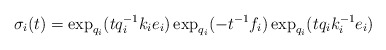
\begin{align*}\sigma_i(t)=\exp_{q_i}(tq_i^{-1}k_ie_i)\exp_{q_i}(-t^{-1}f_i)\exp_{q_i}(tq_ik_i^{-1}e_i)\end{align*}